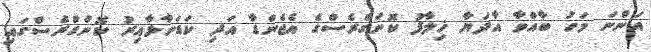
އަންނަ މަހު ބާއްވާ އާދަޔާ ޚިލާފު ކޮންގްރެސްގެ އެޖެންޑާ އަދި ކަޑަނާޅާއިރު ކޮންގްރެސްގައި